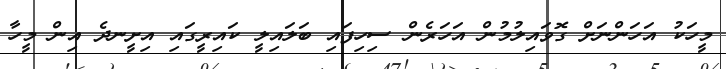
މީހަކު އަހަންނަށް ގޮވައިލުމުން އަހަރެން ސިހިފައި ބަލައިލީ ކައިރީގައި އިށީނދެ އިން މީހާ